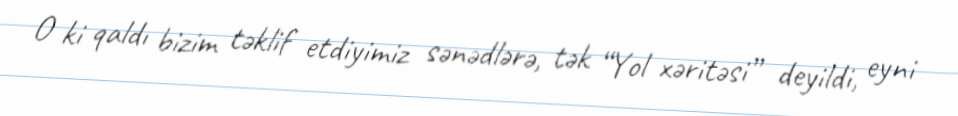
O ki qaldı bizim təklif etdiyimiz sənədlərə, tək “Yol xəritəsi” deyildi, eyni